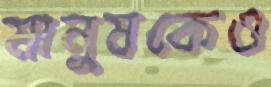
মানুষকেও